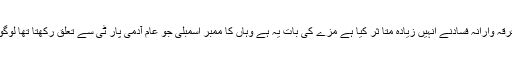
انہوں نے کہا کہ تر لوک پوری ہو ئے فرقہ وارانہ فسادنے انہیں زیادہ متا ثر کیا ہے مزے کی بات یہ ہے وہاں کا ممبر اسمبلی جو عام آدمی پار ٹی سے تعلق رکھتا تھا لوگوں کی مزاج پرسی سے بھی محروم رہا۔